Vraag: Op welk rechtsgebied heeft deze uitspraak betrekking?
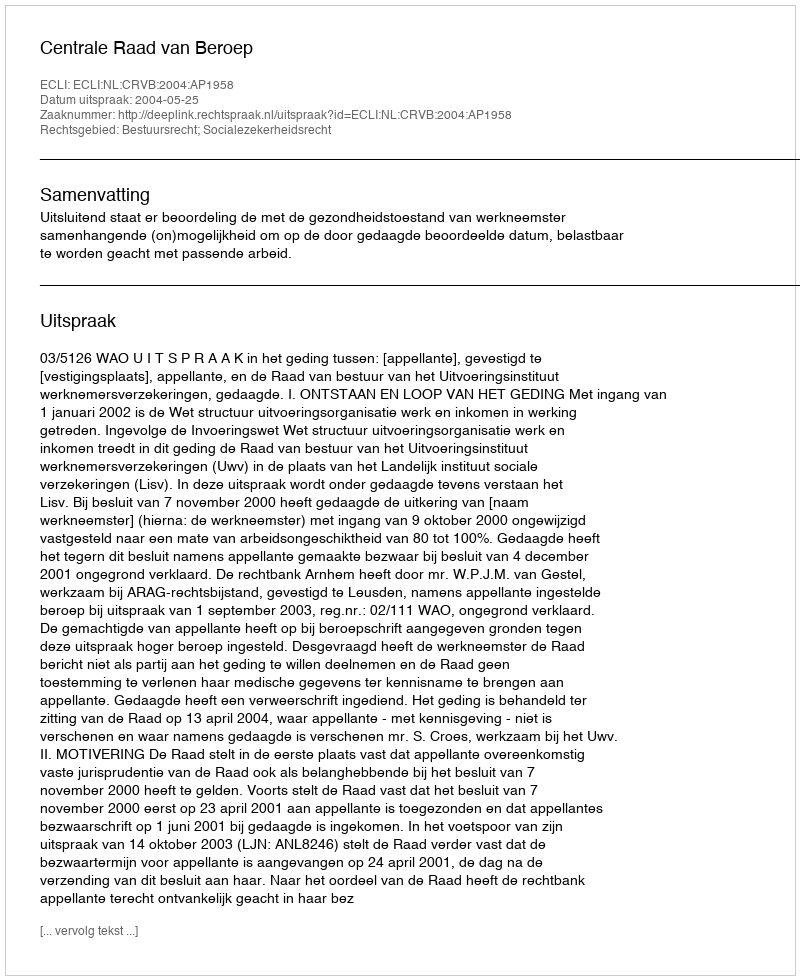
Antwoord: Bestuursrecht; Socialezekerheidsrecht